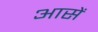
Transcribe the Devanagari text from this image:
आसें